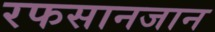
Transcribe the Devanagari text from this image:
रफसानजान